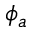
\phi _ { a }